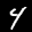
Label: 4